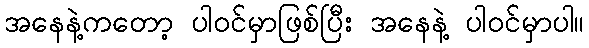
အနေနဲ့ကတော့ ပါဝင်မှာဖြစ်ပြီး အနေနဲ့ ပါဝင်မှာပါ။